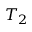
T _ { 2 }